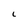
Character: L